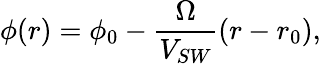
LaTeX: \phi(r)=\phi_{0}-\frac{\Omega}{V_{SW}}(r-r_{0}),